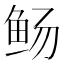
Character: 𫚊